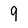
Character: 9